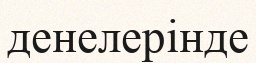
денелерінде